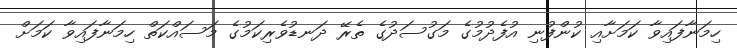
ހިމަނާފައިވާ ކަމަށާއި ކުންފުނި އުފެދުމުގެ މަގުސަދުގެ ތެރޭ ދަނޑުވެރިކަމުގެ މަސައްކަތް ހިމަނާފައިވާ ކަމަށް